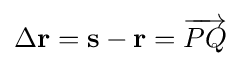
\Delta \mathbf {r} =\mathbf {s} -\mathbf {r} ={\overrightarrow {PQ}}